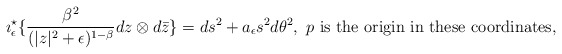
\begin{align*}\imath_{\epsilon}^{\star}\{\frac{\beta^2}{(|z|^2+\epsilon)^{1-\beta}}dz\otimes d\bar{z}\}=ds^2+a_{\epsilon}s^2d\theta^2,\ p\ \textrm{is the origin in these coordinates},\end{align*}